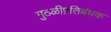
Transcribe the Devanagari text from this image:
गुठळीप्रतिबंधक